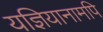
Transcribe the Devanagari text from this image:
यज्ञियानामपि